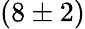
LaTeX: (8\pm 2)